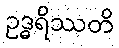
ဥဒ္ဓရိဿတိ